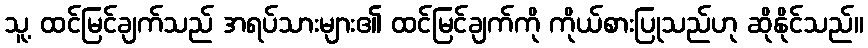
သူ့ ထင်မြင်ချက်သည် အရပ်သားများ၏ ထင်မြင်ချက်ကို ကိုယ်စားပြုသည်ဟု ဆိုနိုင်သည်။